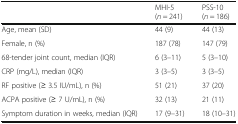
<table><thead><tr><td></td><td><b>MHI-5 (<i>n</i> = 241)</b></td><td><b>PSS-10 (<i>n</i> = 186)</b></td></tr></thead><tbody><tr><td>Age, mean (SD)</td><td>44 (9)</td><td>44 (13)</td></tr><tr><td>Female, n (%)</td><td>187 (78)</td><td>147 (79)</td></tr><tr><td>68-tender joint count, median (IQR)</td><td>6 (3–11)</td><td>5 (3–10)</td></tr><tr><td>CRP (mg/L), median (IQR)</td><td>3 (3–5)</td><td>3 (3–5)</td></tr><tr><td>RF positive (≥ 3.5 IU/mL), n (%)</td><td>51 (21)</td><td>37 (20)</td></tr><tr><td>ACPA positive (≥ 7 U/mL), n (%)</td><td>32 (13)</td><td>21 (11)</td></tr><tr><td>Symptom duration in weeks, median (IQR)</td><td>17 (9–31)</td><td>18 (10–31)</td></tr></tbody></table>